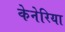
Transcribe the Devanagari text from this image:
केनेरिया